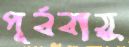
পূর্ববায়ু